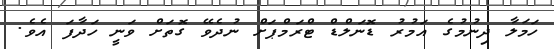
ހަމަލާ ދިނުމުގެ އަމުރު ޑޮނަލްޑް ޓްރަމްޕަށް ނުދެވޭ ގޮތަށް ވަނީ ހަދާފަ އެވެ.